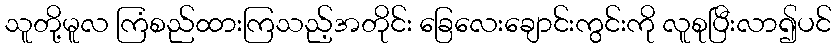
သူတို့မူလ ကြံစည်ထားကြသည့်အတိုင်း ခြေလေးချောင်းကွင်းကို လူစုပြီးလာ၍ပင်